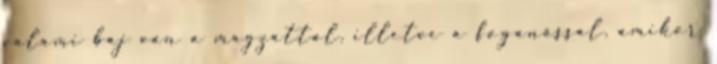
valami baj van a magzattal, illetve a foganással, amikor